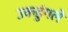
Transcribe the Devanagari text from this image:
उकडुंगले